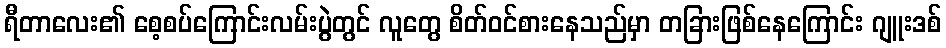
ရီတာလေး၏ စေ့စပ်ကြောင်းလမ်းပွဲတွင် လူတွေ စိတ်ဝင်စားနေသည်မှာ တခြားဖြစ်နေကြောင်း ဂျူးဒစ်